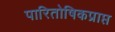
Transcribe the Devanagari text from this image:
पारितोषिकप्राप्त